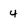
Character: 4